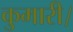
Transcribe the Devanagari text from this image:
कुमारी।